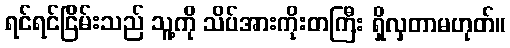
ရင်ရင်ငြိမ်းသည် သူ့ကို သိပ်အားကိုးတကြီး ရှိလှတာမဟုတ်။